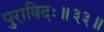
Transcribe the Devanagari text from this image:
पुराविदः॥३३॥